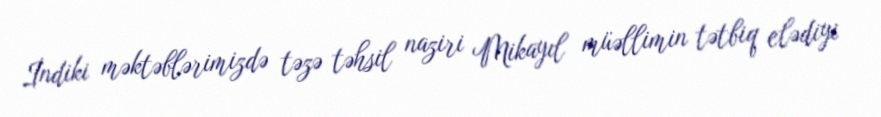
İndiki məktəblərimizdə təzə təhsil naziri Mikayıl müəllimin tətbiq elədiyi